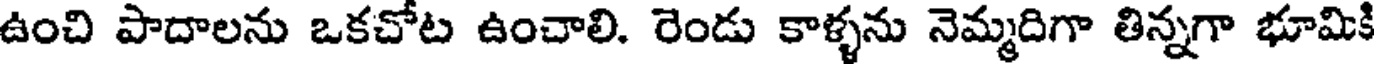
ఉంచి పాదాలను ఒకచోట ఉంచాలి. రెండు కాళ్ళను నెమ్మదిగా తిన్నగా భూమికి